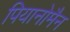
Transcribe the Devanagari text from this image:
पियानोमैन